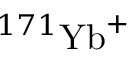
^ { 1 7 1 } { \mathrm { Y b } } ^ { + }